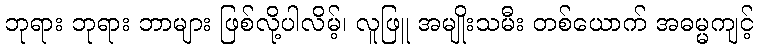
ဘုရား ဘုရား ဘာများ ဖြစ်လို့ပါလိမ့်၊ လူဖြူ အမျိုးသမီး တစ်ယောက် အဓမ္မကျင့်